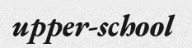
upper-school